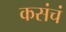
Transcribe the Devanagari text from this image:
कसंचं